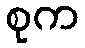
စုက